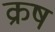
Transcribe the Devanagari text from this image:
क्रष